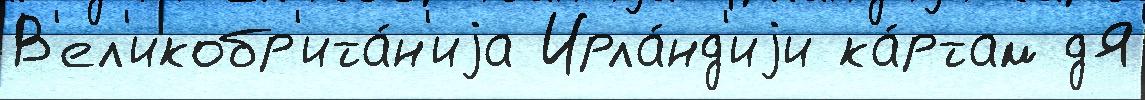
В'ел'икобр'ита́н'иjа Ирла́нд'иjи ка́ртам дЯ